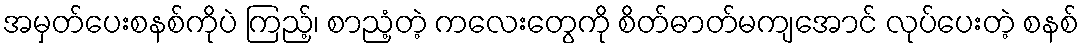
အမှတ်ပေးစနစ်ကိုပဲ ကြည့်၊ စာညံ့တဲ့ ကလေးတွေကို စိတ်ဓာတ်မကျအောင် လုပ်ပေးတဲ့ စနစ်